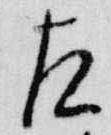
左